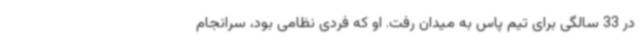
در 33‌ سالگی برای تیم پاس به میدان رفت. او که فردی نظامی بود، سرانجام